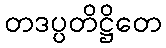
တဒပ္ပတိဋ္ဌိတေ